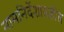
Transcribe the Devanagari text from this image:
नामनिर्देशासहीत